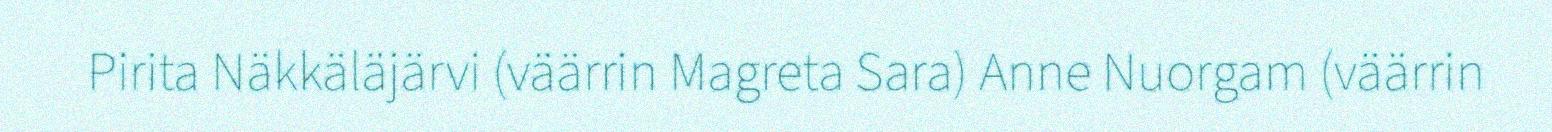
Pirita Näkkäläjärvi (väärrin Magreta Sara) Anne Nuorgam (väärrin